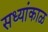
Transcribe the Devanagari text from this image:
सध्यांकाळ